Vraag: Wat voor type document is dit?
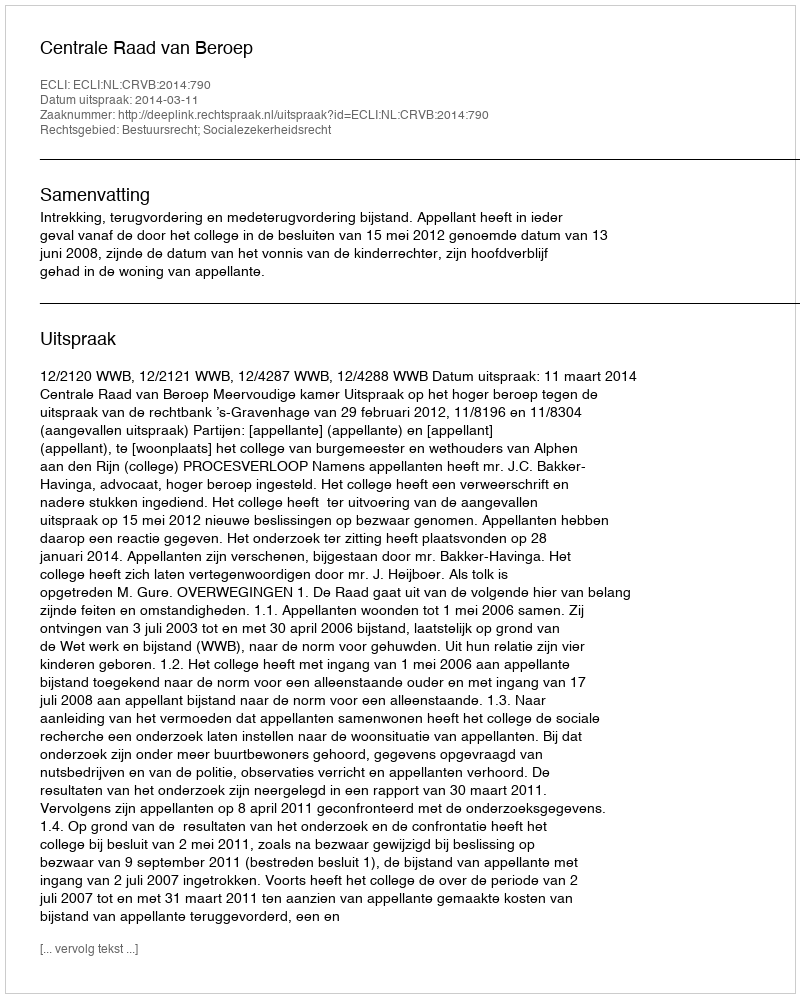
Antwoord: Uitspraak